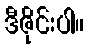
ဒီဇိုင်းပါ။